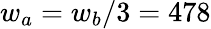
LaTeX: w_{a}=w_{b}/3=478